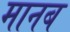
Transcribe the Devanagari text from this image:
मानब